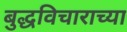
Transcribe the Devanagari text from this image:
बुद्धविचाराच्या